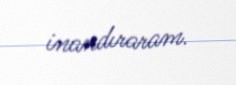
inandıraram.